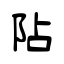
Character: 阽